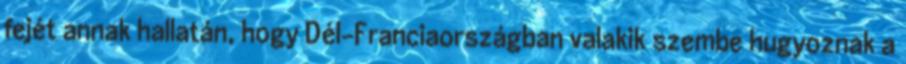
fejét annak hallatán, hogy Dél-Franciaországban valakik szembe hugyoznak a